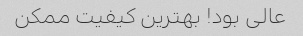
عالی بود! بهترین کیفیت ممکن